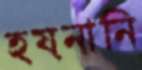
হয়নানি